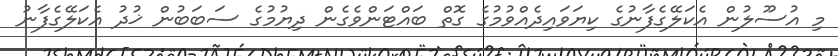
މި އުސޫލުން އެކަލޭގެފާނުގެ ކިޔަވައިދެއްވުމުގެ ގޮތް ބައްޓަންވެގެން ދިޔުމުގެ ސަބަބުން ޚުދު އެކަލޭގެފާނު